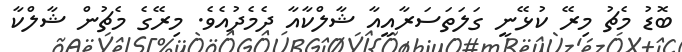
ބޮޑު މެޗު މިރޭ ކުޅޭނީ ގަލަތަސަރާއީއާ ޝާލްކާއާ ދެމެދުއެވެ. މިރޭގެ މެޗުން ޝާލްކާ